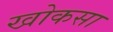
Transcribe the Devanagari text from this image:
खोकसा